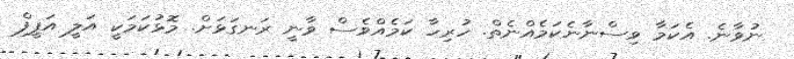
ނުވާނެ. އެކަމާ ވިސްނާނެކަމެއްނެތް. ހުރިހާ ކަމެއްވެސް ވާނީ ރަނގަޅަށް. މޮޅުކަމަކީ އަލީ އަފީފް